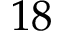
1 8